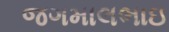
જગમાલભાઇ